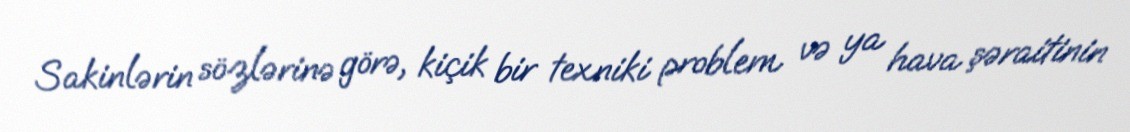
Sakinlərin sözlərinə görə, kiçik bir texniki problem və ya hava şəraitinin